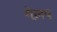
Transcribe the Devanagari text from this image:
गेल़प